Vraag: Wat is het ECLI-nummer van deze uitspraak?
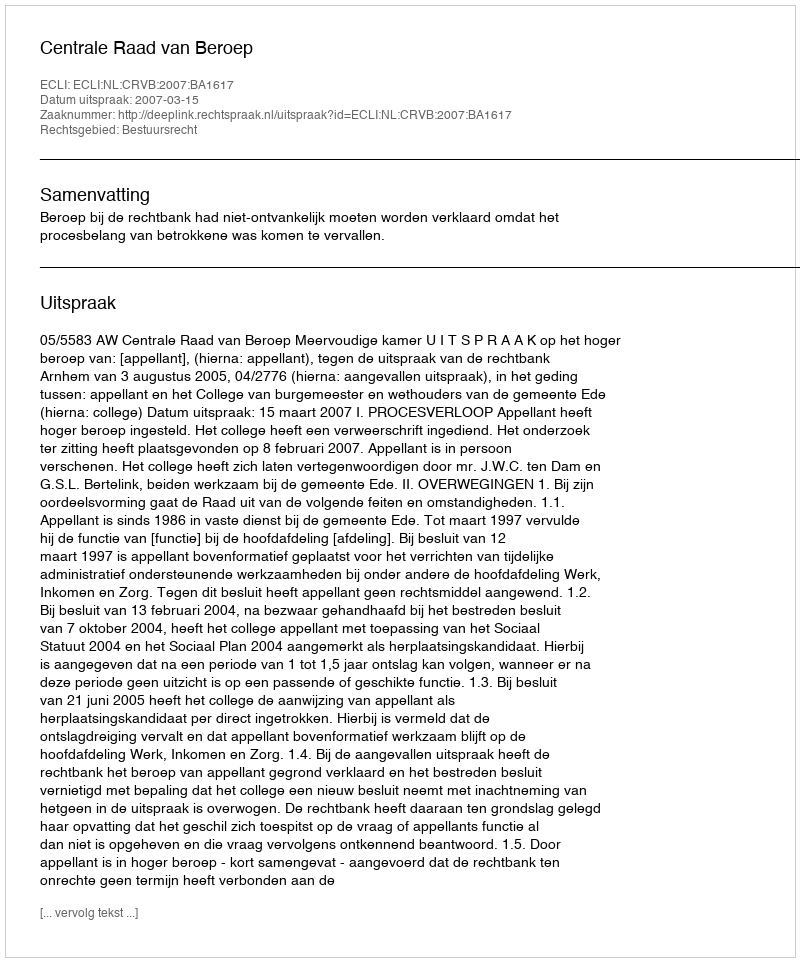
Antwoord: ECLI:NL:CRVB:2007:BA1617